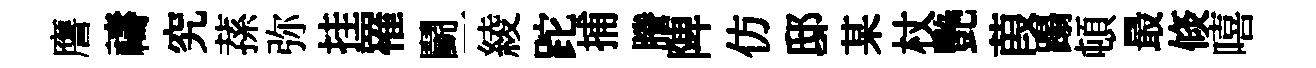
譍禱究蓀弥挂罹鬬一綾跎捕謄陴仿邸某杖艷葭蹋頓最倐嘻